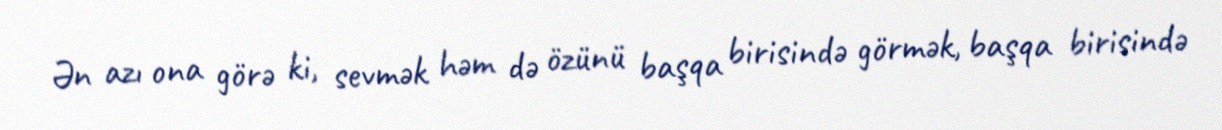
Ən azı ona görə ki, sevmək həm də özünü başqa birisində görmək, başqa birisində